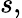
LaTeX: s,